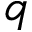
q